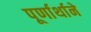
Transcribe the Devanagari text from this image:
पूर्णार्थाने